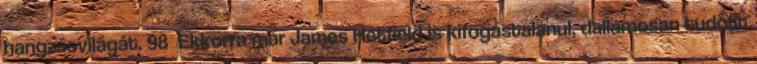
hangzásvilágát. 98 Ekkorra már James Hetfield is kifogástalanul, dallamosan tudott